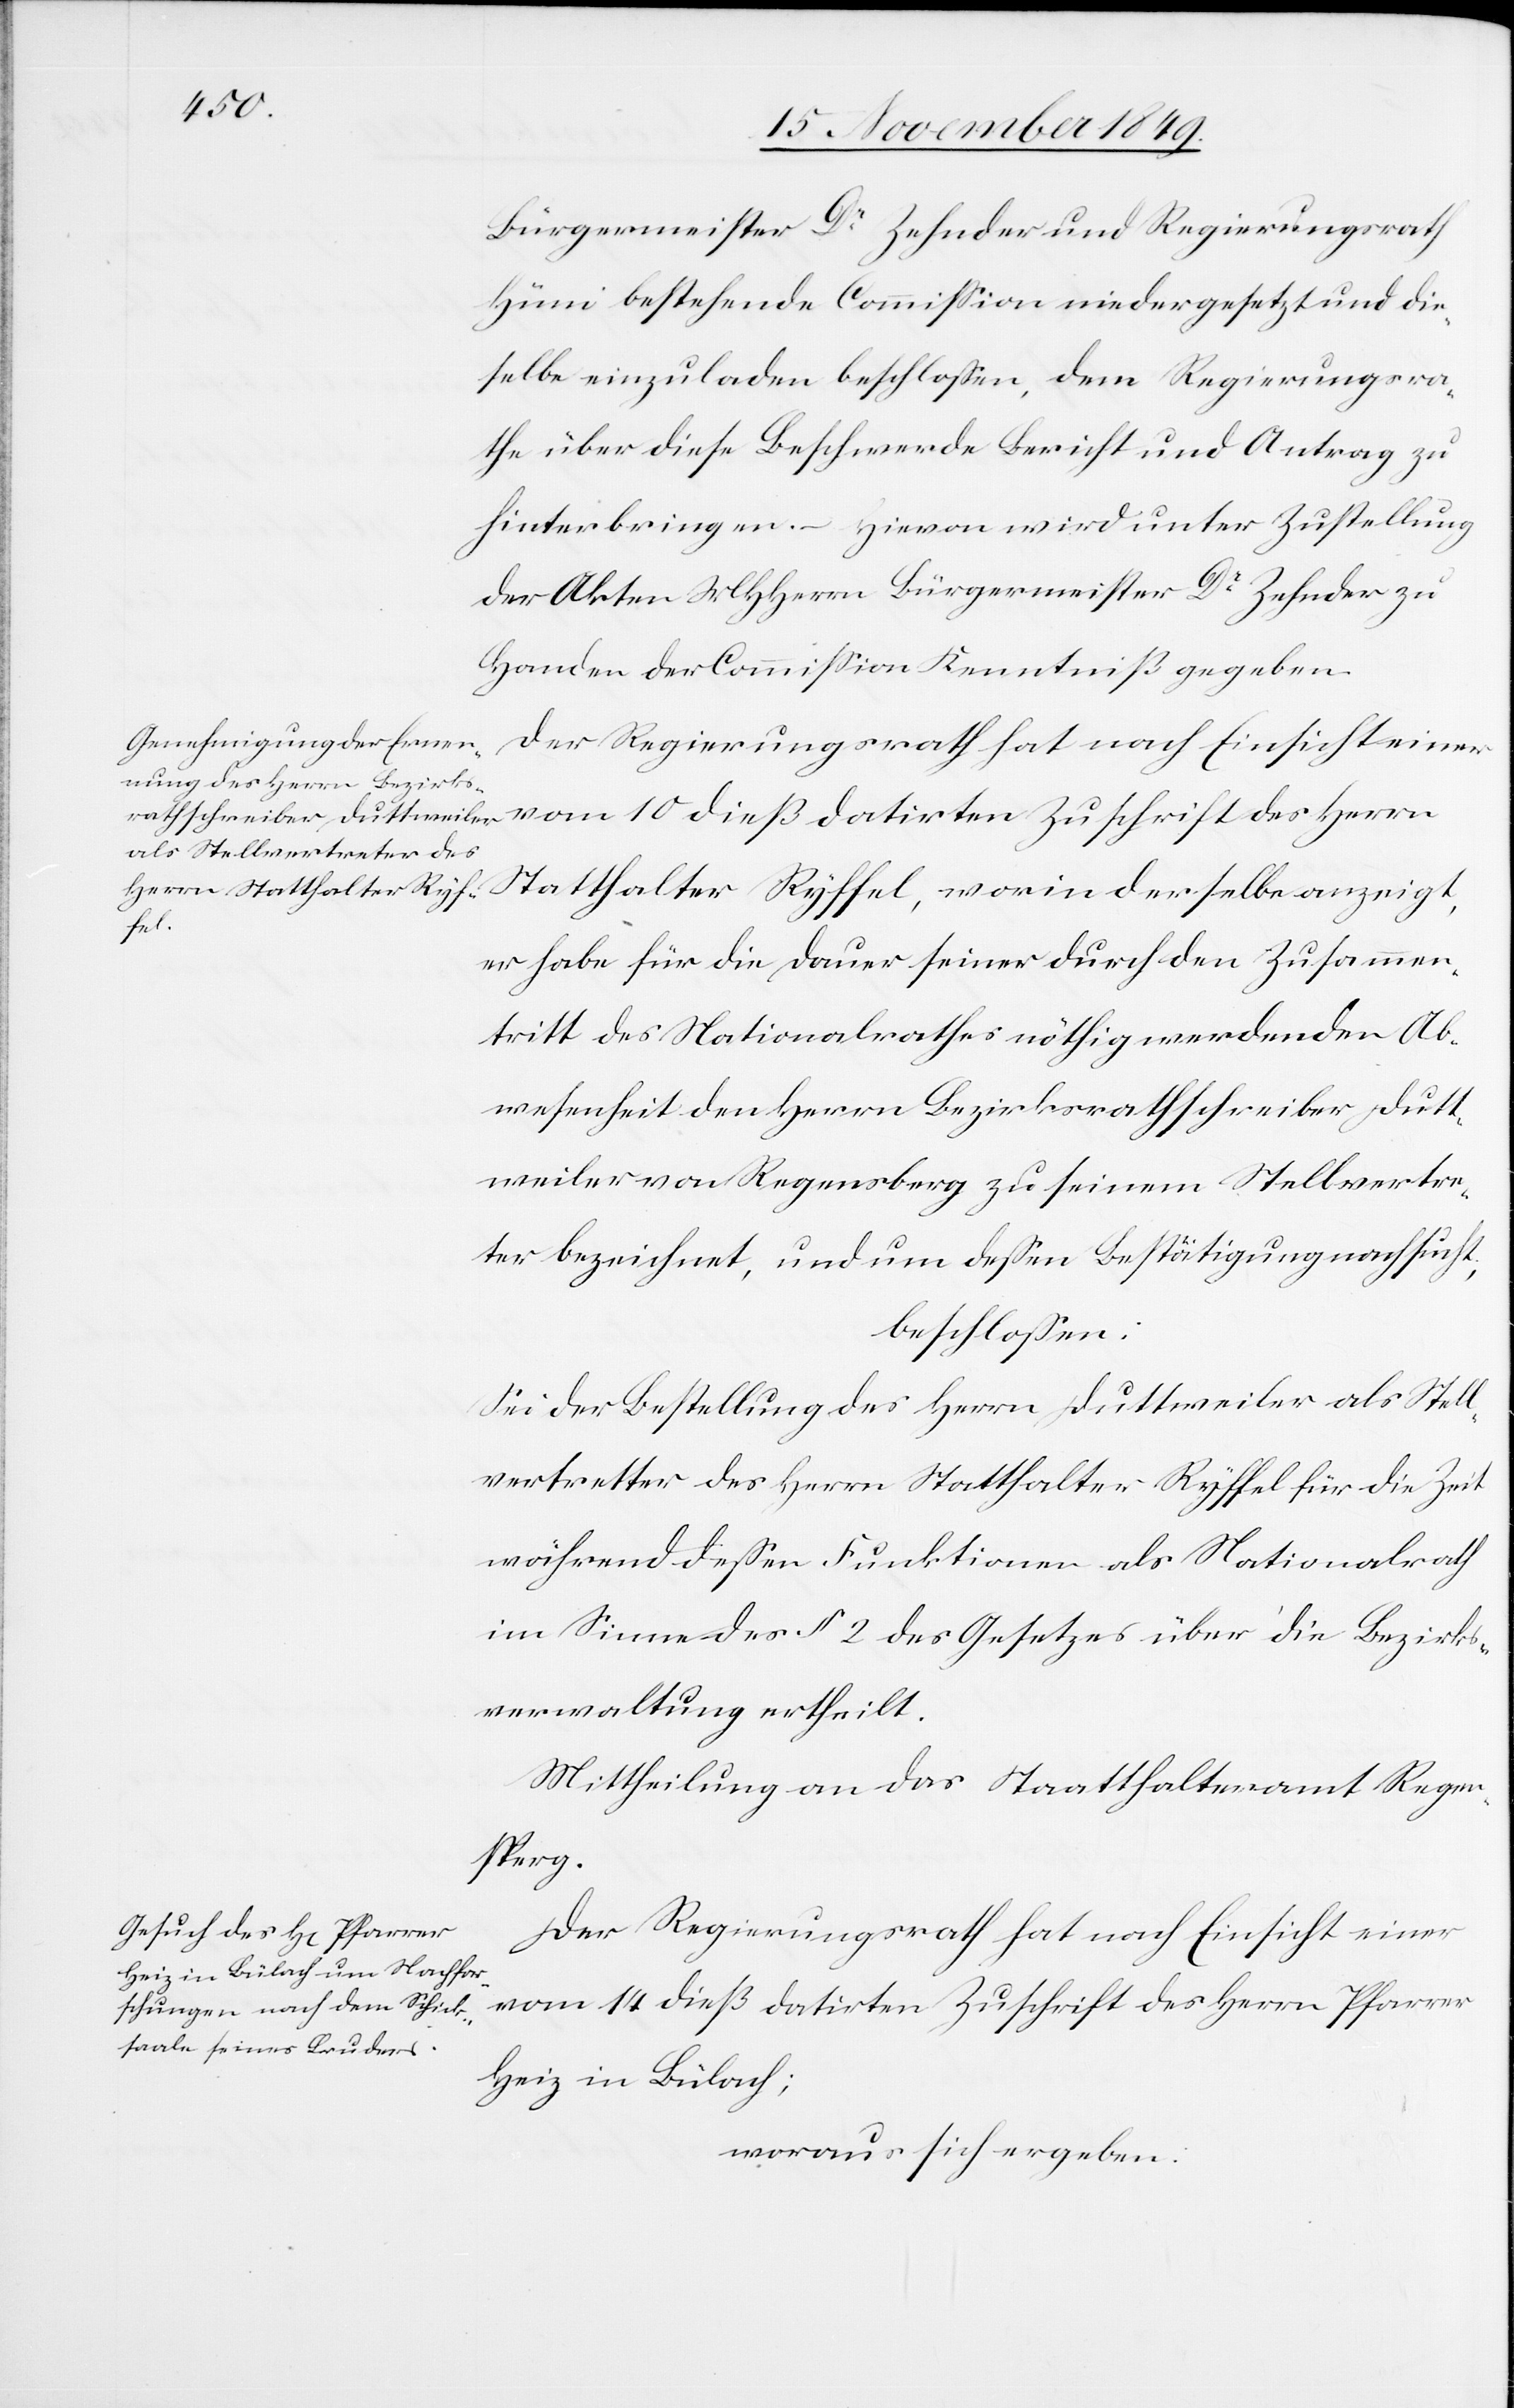
Bürgermeister Dr Zehnder und Regierungsrath
Hüni bestehende Commißion niedergesetzt und die¬
selbe einzuladen beschloßen, dem Regierungsra¬
the über diese Beschwerde Bericht und Antrag zu
hinterbringen. – Hievon wird unter Zustellung
der Akten MHHerrn Bürgermeister Dr Zehnder zu
Handen der Commißion Kenntniß gegeben.
vom 10 dieß datirten Zuschrift des Herrn
Statthalter Ryffel, worin derselbe anzeigt,
er habe für die Dauer seiner durch den Zusammen¬
tritt des Nationalrathes nöthig werdenden Ab¬
wesenheit den Herrn Bezirksrathschreiber Dutt¬
weiler von Regensberg zu seinem Stellvertre¬
ter bezeichnet, und um deßen Bestätigung nachsucht,
beschloßen:
Sei der Bestellung des Herrn Duttweiler als Stell¬
vertretter [sic!] des Herrn Statthalter Ryffel für die Zeit
während deßen Funktionen als Nationalrath
im Sinne des § 2 des Gesetzes über die Bezirks¬
verwaltung ertheilt.
Mittheilung an das Statthalteramt Regen¬
sperg.
Der Regierungsrath hat nach Einsicht einer
vom 14 dieß datirten Zuschrift des Herrn Pfarrer
Heiz in Bülach;
woraus sich ergeben: